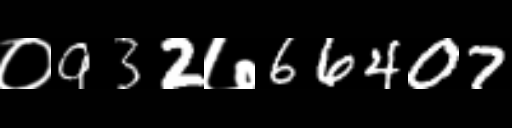
Text: ०932७66407